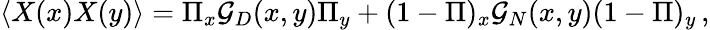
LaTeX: \langle X(x)X(y)\rangle=\Pi_{x}{\cal G}_{D}(x,y)\Pi_{y}+(1-\Pi)_{x}{\cal G}_{N}(x,y)(1-\Pi)_{y}\, ,